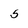
Character: 5